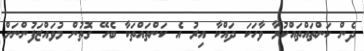
ދެން ކަންތައްތައްކުރާ ވާހަކަ ދައްކާ އިރު އެ ކަންތައްތަކާ ބެހޭ ގޮތުން މުވައްޒަފުންނަށް